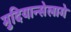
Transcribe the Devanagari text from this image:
मुदियान्सेलागे